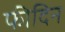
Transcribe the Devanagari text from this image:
फीदिन